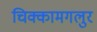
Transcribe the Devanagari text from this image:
चिक्कामगलुर